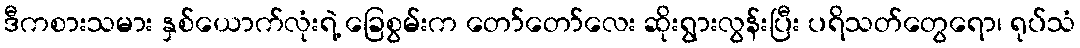
ဒီကစားသမား နှစ်ယောက်လုံးရဲ့ ခြေစွမ်းက တော်တော်လေး ဆိုးရွားလွန်းပြီး ပရိသတ်တွေရော၊ ရုပ်သံ